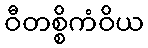
ဝီတစ္စိကံဝိယ